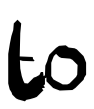
Text: to
Cross-out: clean
Writing tool: digital_black